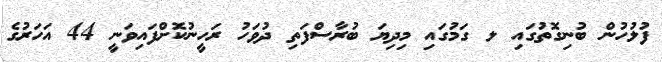
ފުލުހުން ބުނިގޮތުގައި ލ ގަމުގައި މިދިޔަ ބުރާސްފަތި ދުވަހު ރަހީނުކޮށްފައިވަނީ 44 އަހަރުގެ